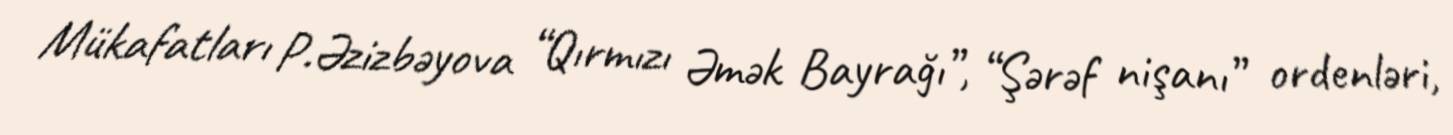
Mükafatları P.Əzizbəyova “Qırmızı Əmək Bayrağı”, “Şərəf nişanı” ordenləri,